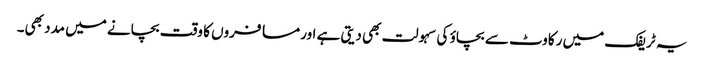
یہ ٹریفک میں رکاوٹ سے بچاؤ کی سہولت بھی دیتی ہے اور مسافروں کا وقت بچانے میں مدد بھی۔